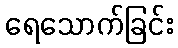
ရေသောက်ခြင်း